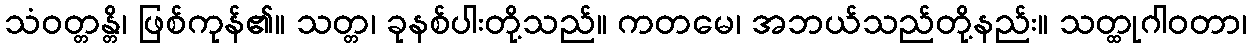
သံဝတ္တန္တိ၊ ဖြစ်ကုန်၏။ သတ္တ၊ ခုနစ်ပါးတို့သည်။ ကတမေ၊ အဘယ်သည်တို့နည်း။ သတ္ထုဂါဝတာ၊